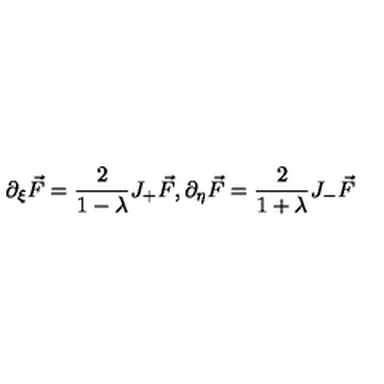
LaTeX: \partial _ { \xi } \vec { F } = \frac { 2 } { 1 - \lambda } J _ { + } \vec { F } , \partial _ { \eta } \vec { F } = \frac { 2 } { 1 + \lambda } J _ { - } \vec { F }